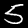
Label: 5